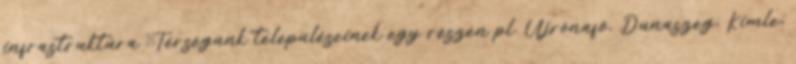
infrastruktúra ▪Térségünk településeinek egy részén pl. Újrónafő, Dunaszeg, Kimle,